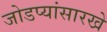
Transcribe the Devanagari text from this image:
जोडप्यांसारखे